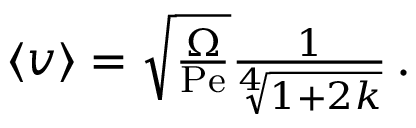
\begin{array} { r } { \left\langle v \right\rangle = \sqrt { \frac { \Omega } { \mathrm { P e } } } \frac { 1 } { \sqrt [ 4 ] { 1 + 2 k } } \, . } \end{array}